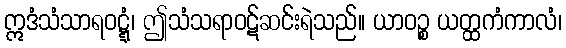
ဣဒံသံသာရဝဋ္ဋံ၊ ဤသံသရာဝဋ်ဆင်းရဲသည်။ ယာဝဉ္စ ယတ္ထကံကာလံ၊